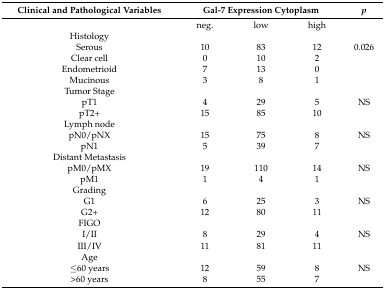
| Clinical and Pathological Variables | <COLSPAN=3> Gal-7 Expression Cytoplasm | p |
 | --- | --- | --- | --- | --- |
 |  | neg. | low | high |  |
 | Histology |  |  |  |  |
 | Serous | 10 | 83 | 12 | 0.026 |
 | Clear cell | 0 | 10 | 2 |  |
 | Endometrioid | 7 | 13 | 0 |  |
 | Mucinous | 3 | 8 | 1 |  |
 | Tumor Stage |  |  |  |  |
 | pT1 | 4 | 29 | 5 | NS |
 | pT2+ | 15 | 85 | 10 |  |
 | Lymph node |  |  |  |  |
 | pN0/pNX | 15 | 75 | 8 | NS |
 | pN1 | 5 | 39 | 7 |  |
 | Distant Metastasis |  |  |  |  |
 | pM0/pMX | 19 | 110 | 14 | NS |
 | pM1 | 1 | 4 | 1 |  |
 | Grading |  |  |  |  |
 | G1 | 6 | 25 | 3 | NS |
 | G2+ | 12 | 80 | 11 |  |
 | FIGO |  |  |  |  |
 | I/II | 8 | 29 | 4 | NS |
 | III/IV | 11 | 81 | 11 |  |
 | Age |  |  |  |  |
 | ≤60 years | 12 | 59 | 8 | NS |
 | >60 years | 8 | 55 | 7 |  |